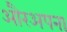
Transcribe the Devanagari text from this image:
औरअपना